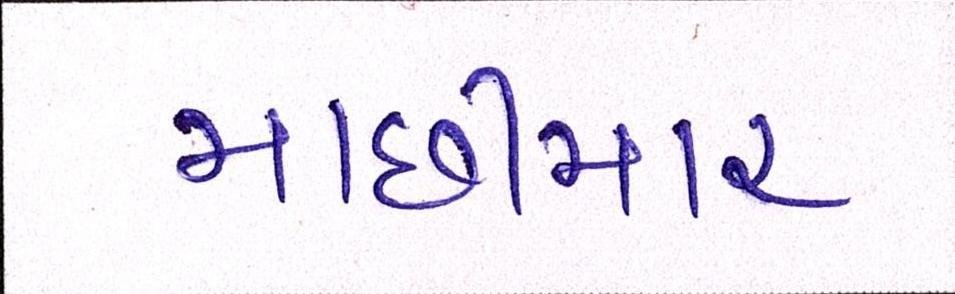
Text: માછીમાર